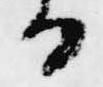
る